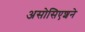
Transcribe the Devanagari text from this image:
असोसिएशने